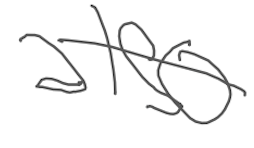
Text: also
Cross-out: single-line
Writing tool: digital_gray